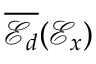
\overline { { \mathscr { E } _ { d } } } ( \mathcal { E } _ { x } )